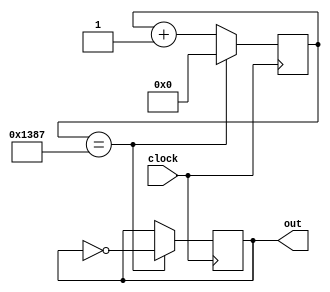

module div_5000 (clock, out);

   parameter BIT_SZ = 16;
	input clock;
	output out;
	
	
	reg [BIT_SZ-1:0] count;
	reg out;
	
	
	initial count = 0;
	initial out = 0;
	
	always @ (posedge clock)
	begin
		if (count == 16'd4999) begin
			out <= ~out;
			count <= 1'b0; end
		else begin
		   count <= count + 1'b1;
			out <= out; end
		
end
endmodule